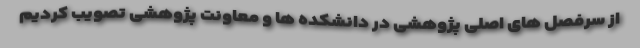
از سرفصل های اصلی پژوهشی در دانشکده ها و معاونت پژوهشی تصویب کردیم